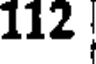
112